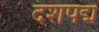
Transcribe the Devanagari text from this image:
दशपद्म